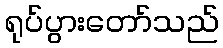
ရုပ်ပွားတော်သည်